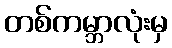
တစ်ကမ္ဘာလုံးမှ